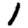
Digit: 1